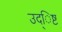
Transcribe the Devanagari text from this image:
उद्िष्ट